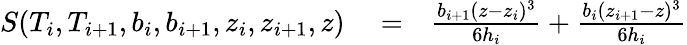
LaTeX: \begin{array}{rlr}{S(T_{i},T_{i+1},b_{i},b_{i+1},z_{i},z_{i+1},z)}&{{}=}&{\frac{b_{i+1}(z-z_{i})^{3}}{6h_{i}}+\frac{b_{i}(z_{i+1}-z)^{3}}{6h_{i}}}\end{array}